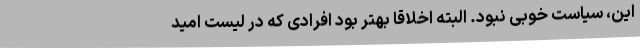
این، سیاست خوبی نبود. البته اخلاقاً بهتر بود افرادی که در لیست امید